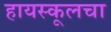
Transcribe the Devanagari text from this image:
हायस्कूलचा